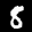
Label: 8